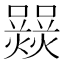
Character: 𤑽